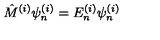
{ \hat { M } } ^ { ( i ) } \psi _ { n } ^ { ( i ) } = E _ { n } ^ { ( i ) } \psi _ { n } ^ { ( i ) }